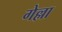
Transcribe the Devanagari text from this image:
गेल्ला